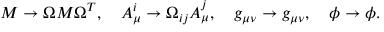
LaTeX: M \to \Omega M \Omega ^ { T } , \ \ \ { \cal A } _ { \mu } ^ { i } \to \Omega _ { i j } { \cal A } _ { \mu } ^ { j } , \ \ \ g _ { \mu \nu } \to g _ { \mu \nu } , \ \ \ \phi \to \phi .